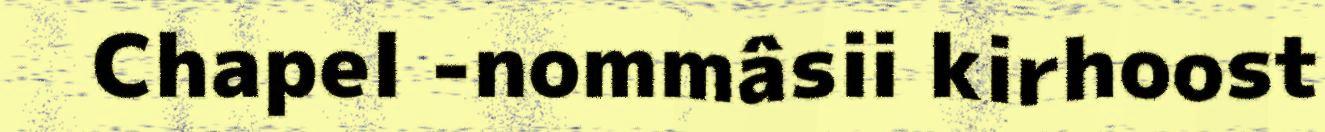
Chapel -nommâsii kirhoost